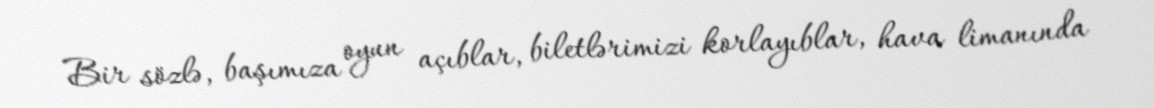
Bir sözlə, başımıza oyun açıblar, biletlərimizi korlayıblar, hava limanında